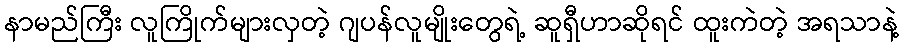
နာမည်ကြီး လူကြိုက်များလှတဲ့ ဂျပန်လူမျိုးတွေရဲ့ ဆူရှီဟာဆိုရင် ထူးကဲတဲ့ အရသာနဲ့